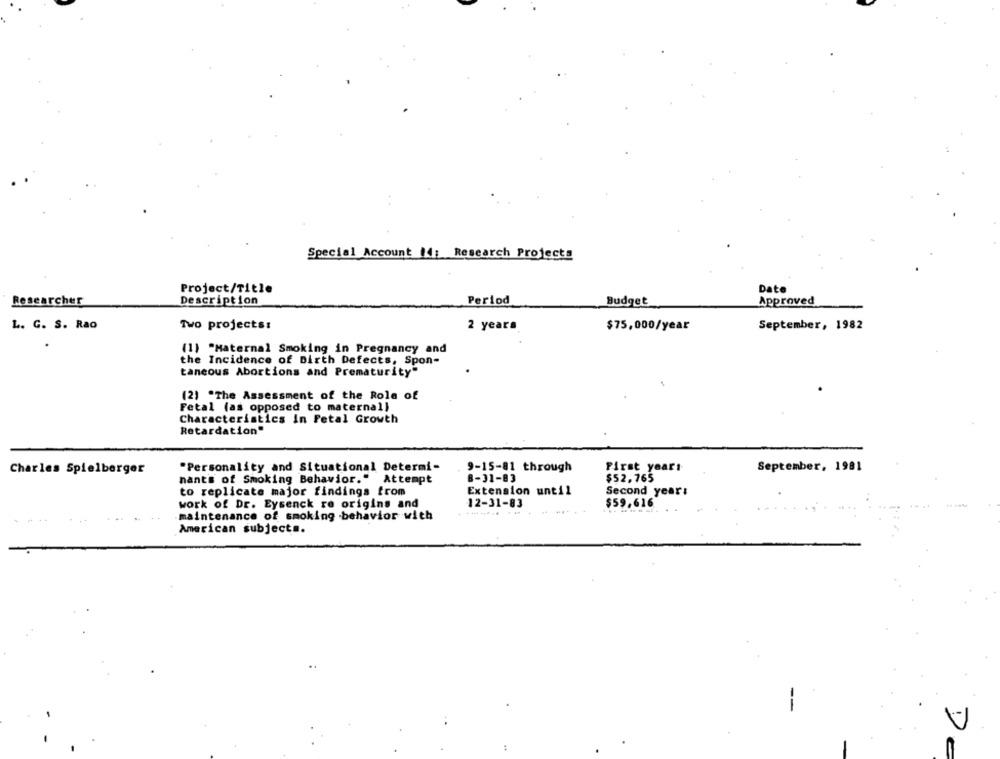
Special Account |4; Research Projects
Project/Title
Date
Researcher
Description
Period
Budget
Approved
L. G. S. Rao
Two projects:
2 years
$75,000/year
September, 1982
(1) "Maternal Smoking in Pregnancy and
the Incidence of Birth Defects, Spon-
taneous Abortions and Prematurity"
(2) "The Assessment of the Role of
Fetal (as opposed to maternal)
Characteristics In Fetal Growth
Retardation"
Charles Spielberger
"Personality and Situational Determi-
9-15-81 through
First yearı
September, 1981
nants of Smoking Behavior." Attempt
8-31-83
$52.765
to replicate major findings trom
Extension until
Second year:
work of Dr. Eysenck re origins and
12-31-83
$59,616
maintenance of smoking behavior with
--......
American subjects.
V